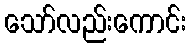
သော်လည်းကောင်း